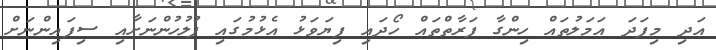
އަދި މިފަދަ އަމަލުތައް ހިންގާ ފަރާތްތައް ހޯދައި ފިޔަވަޅު އެޅުމުގައި ފުލުހުންނަށާއި ސިފައިންނަށް